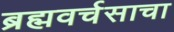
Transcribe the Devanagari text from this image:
ब्रह्मवर्चसाचा